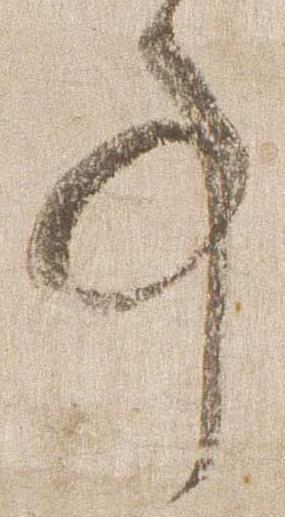
事